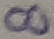
Text: 8